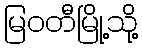
မြဝတီမြို့သို့